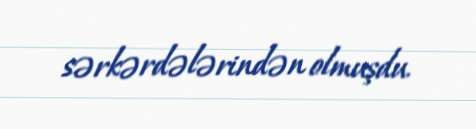
sərkərdələrindən olmuşdu.